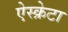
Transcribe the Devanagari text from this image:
ऐस्क्रेटा